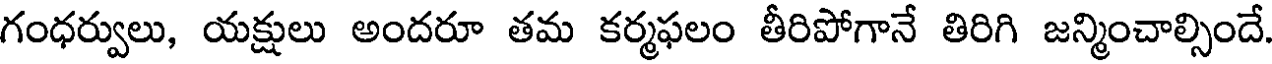
గంధర్వులు, యక్షులు అందరూ తమ కర్మఫలం తీరిపోగానే తిరిగి జన్మించాల్సిందే